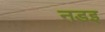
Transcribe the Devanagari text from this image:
नडइ